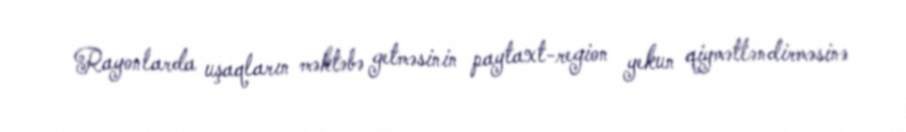
Rayonlarda uşaqların məktəbə getməsinin paytaxt-region yekun qiymətləndirməsinə